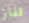
قفاز